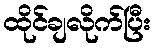
ထိုင်ချလိုက်ပြီး